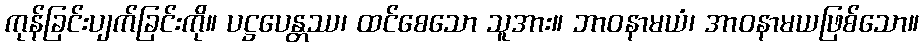
ကုန်ခြင်းပျက်ခြင်းကို။ ပဋ္ဌပေန္တဿ၊ ထင်စေသော သူအား။ ဘာဝနာမယံ၊ အာဝနာမယဖြစ်သော။